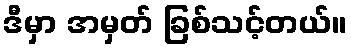
ဒီမှာ အမှတ် ခြစ်သင့်တယ်။